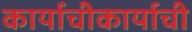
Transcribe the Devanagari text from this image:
कार्याचीकार्याची